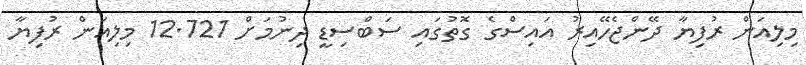
މިލިއަން ރުފިޔާ ދޭންޖެހޭއިރު އައިސްގެ ގޮތުގައި ސަބްސިޑީ ދިނުމަށް 12.721 މިލިއަން ރުފިޔާ